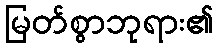
မြတ်စွာဘုရား၏